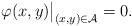
LaTeX: \begin{align*}\varphi(x,y)\big|_{(x,y)\in\mathcal{A}}=0.\end{align*}